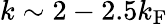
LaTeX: k\sim 2-2.5k_{\mathrm{F}}